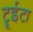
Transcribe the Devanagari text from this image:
ट्रूईटा